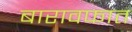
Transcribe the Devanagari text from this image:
बारावफात